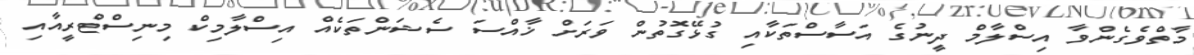
މާތްވެގެންވާ އިސްލާމް ދީނުގެ އަސާސްތަކާއި ގުޅޭގޮތުން ވަރަށް ޚާއްސަ ސެޝަންތަކެއް އިސްލާމިކް މިނިސްޓްރީއާއި